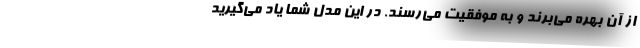
از آن بهره می‌برند و به موفقیت می‌رسند. در این مدل شما یاد می‌گیرید